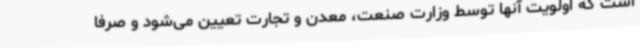
است که اولویت آنها توسط وزارت صنعت، معدن و تجارت تعیین می‌شود و صرفاً